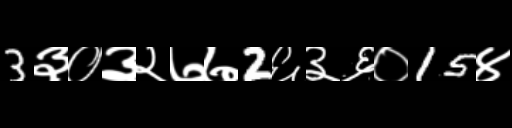
Text: 3३०३२७७2६३६०15४